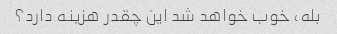
بله، خوب خواهد شد این چقدر هزینه دارد؟